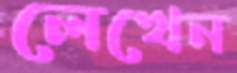
লেখেন